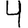
Digit: 4